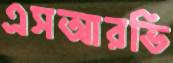
এসআরভি